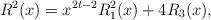
LaTeX: \begin{align*}R^{2}(x)=x^{2t-2}R_{1}^{2}(x)+4R_{3}(x),\end{align*}